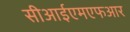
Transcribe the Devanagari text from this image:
सीआईएमएफआर